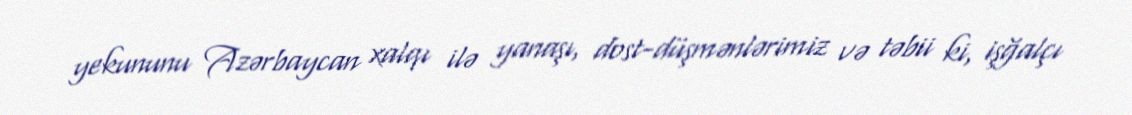
yekununu Azərbaycan xalqı ilə yanaşı, dost-düşmənlərimiz və təbii ki, işğalçı